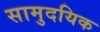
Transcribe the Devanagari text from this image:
सामुदयिक